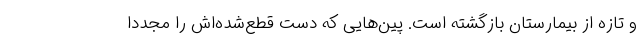
و تازه از بیمارستان بازگشته است. پین‌هایی که دست قطع‌شده‌اش را مجددا